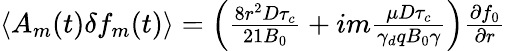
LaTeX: \begin{array}{r}{\langle A_{m}(t)\delta f_{m}(t)\rangle=\left(\frac{8r^{2}D\tau_{c}}{21B_{0}}+im\frac{\mu D\tau_{c}}{\gamma_{d}qB_{0}\gamma}\right)\frac{\partial f_{0}}{\partial r}}\end{array}